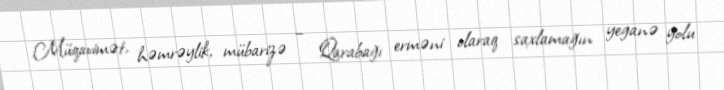
Müqavimət, həmrəylik, mübarizə – Qarabağı erməni olaraq saxlamağın yeganə yolu